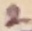
Text: 2